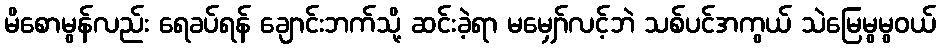
မိစောမွန်လည်း ရေခပ်ရန် ချောင်းဘက်သို့ ဆင်းခဲ့ရာ မမျှော်လင့်ဘဲ သစ်ပင်အကွယ် သဲမြေမွမွဝယ်